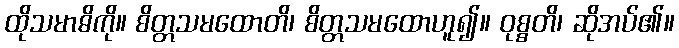
ထိုသမာဓိကို။ စိတ္တသမထောတိ၊ စိတ္တသမထောဟူ၍။ ဝုစ္စတိ၊ ဆိုအပ်၏။